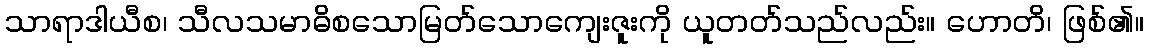
သာရာဒါယီစ၊ သီလသမာဓိစသောမြတ်သောကျေးဇူးကို ယူတတ်သည်လည်း။ ဟောတိ၊ ဖြစ်၏။